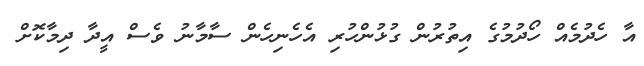
އާ ހެދުމެއް ހޯދުމުގެ އިތުރުން ގުޅުންހުރި އެހެނިހެން ސާމާނު ވެސް އީދާ ދިމާކޮށް